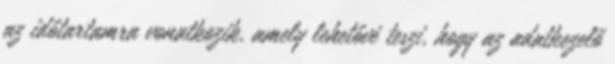
az időtartamra vonatkozik, amely lehetővé teszi, hogy az adatkezelő